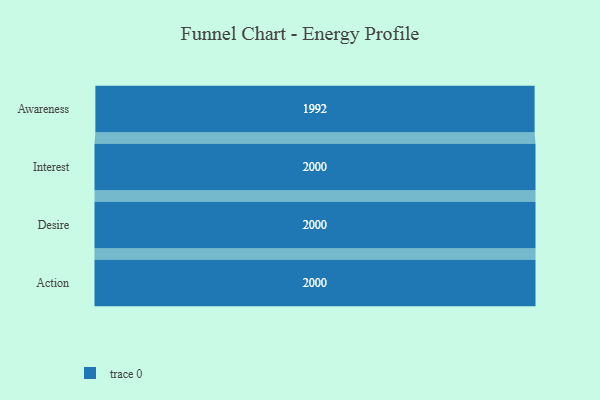
{"axis": {"x": "Stage", "y": "Value"}, "legend": [""], "data": [{"x": "Awareness", "y": 1992.0, "type": ""}, {"x": "Interest", "y": 2000, "type": ""}, {"x": "Desire", "y": 2000, "type": ""}, {"x": "Action", "y": 2000, "type": ""}]}